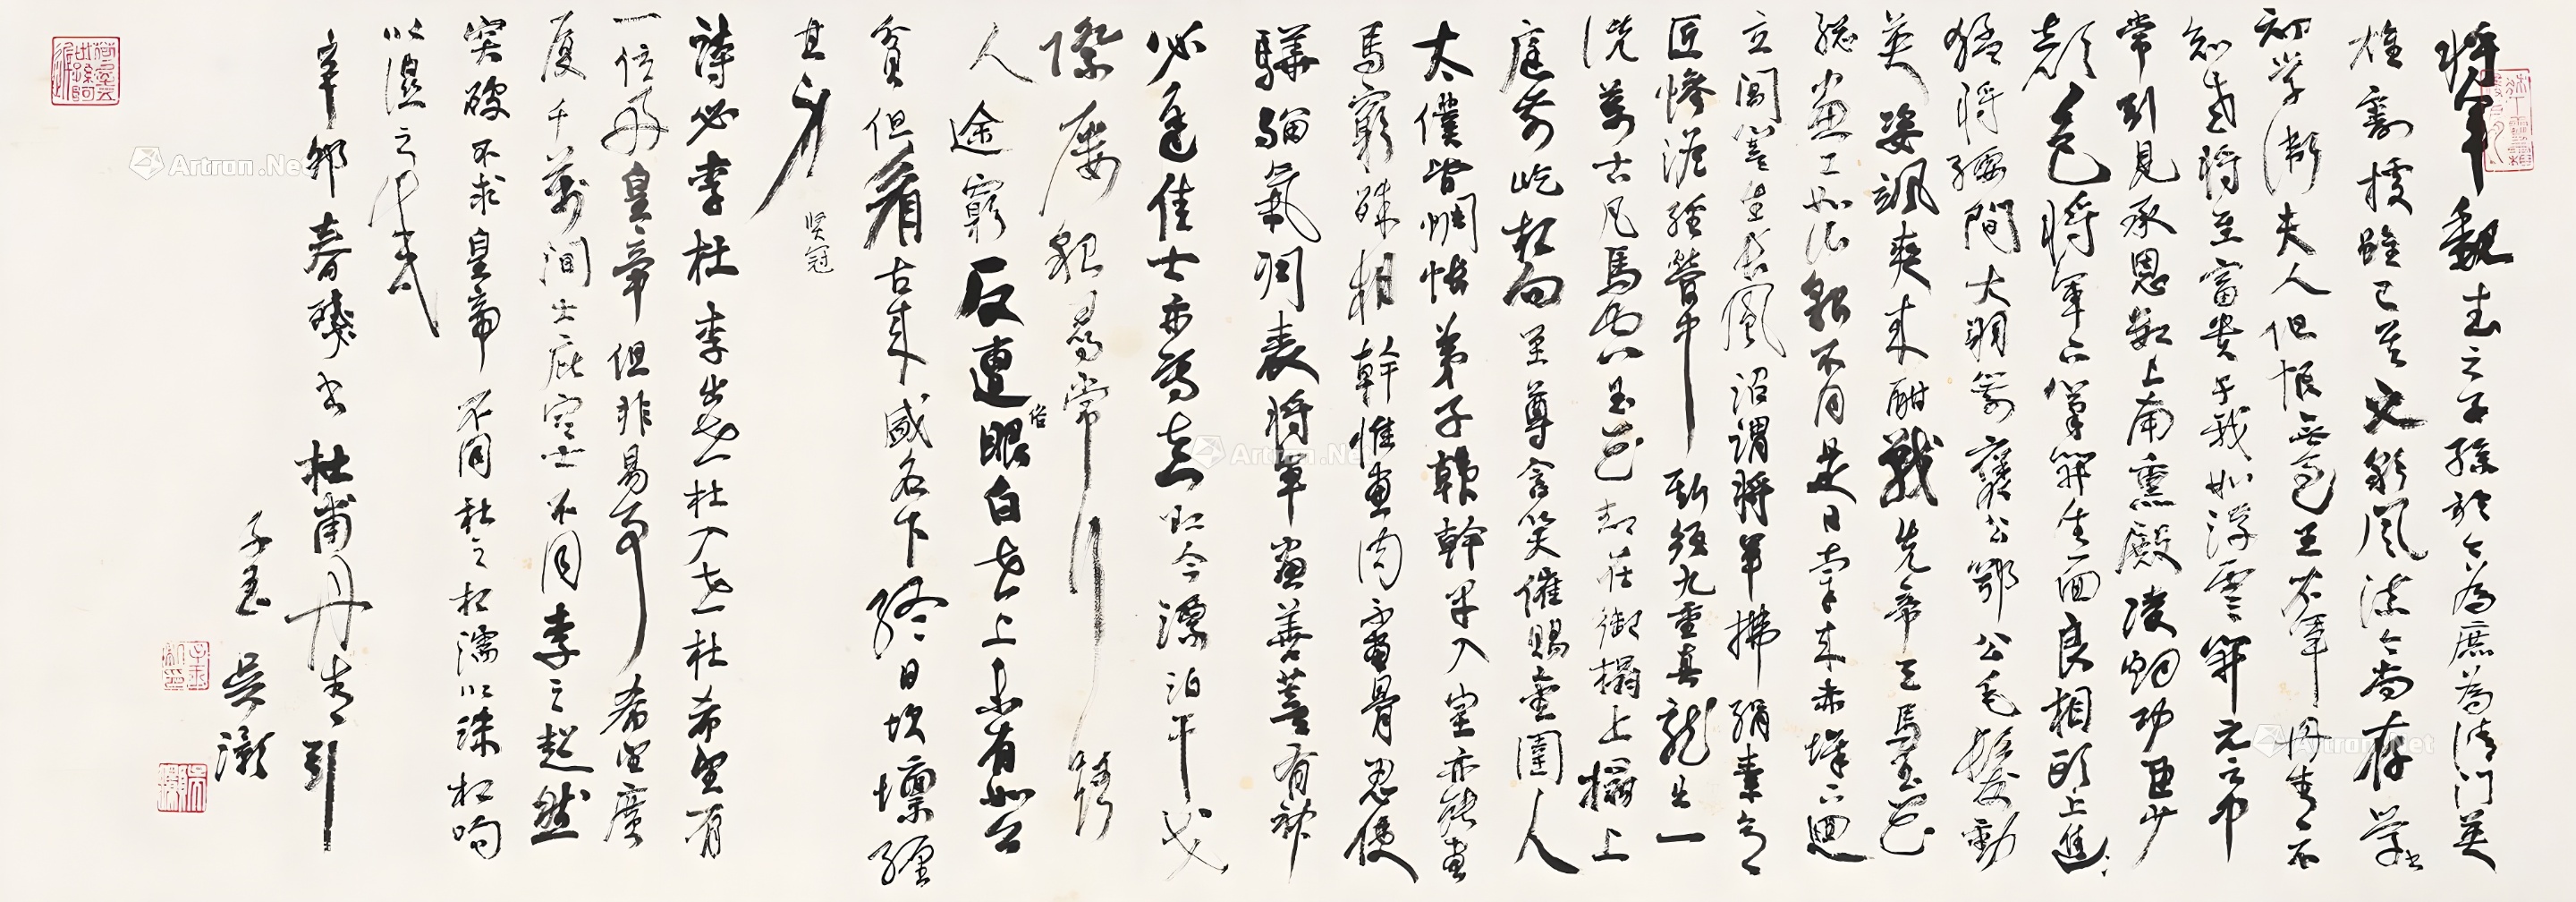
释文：将军魏武之子孙，于今为庶为清门。英雄割据虽已矣，文采风流今尚存。学书初学卫夫人，但恨无过王右军。丹青不知老将至，富贵于我如浮云。开元之中常引见，承恩数上南薰殿。凌烟功臣少颜色，将军下笔开生面。良相头上进贤冠，猛将腰间大羽箭。褒公鄂公毛发动，英姿飒爽来酣战。先帝御马五花骢，画工如山貌不同。是日牵来赤墀下，迥立阊阖生长风。诏谓将军拂绢素，意匠惨澹经营中。斯须九重真龙出，一洗万古凡马空。玉花却在御榻上，榻上庭前屹相向。至尊含笑催赐金，圉人太仆皆惆怅。弟子韩干早入室，亦能画马穷殊相。干惟画肉不画骨，忍使骅骝气凋丧。将军画善盖有神，必逢佳士亦写真。即今漂泊干戈际，屡貌寻常行路人。途穷反遭俗眼白，世上未有如公贫。但看古来盛名下，终日坎𡒄缠其身。贤冠。诗必李杜，李出世，杜入世。杜希望有一位好皇帝，但非易事。希望广厦千万间，大庇寒士。不同李之超然突破，不求皇帝，不同杜之相濡以沫、相呴以湿之感。辛卯春残书杜甫丹青引，子玉吴灏。